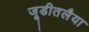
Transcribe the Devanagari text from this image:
जूडीतलैया